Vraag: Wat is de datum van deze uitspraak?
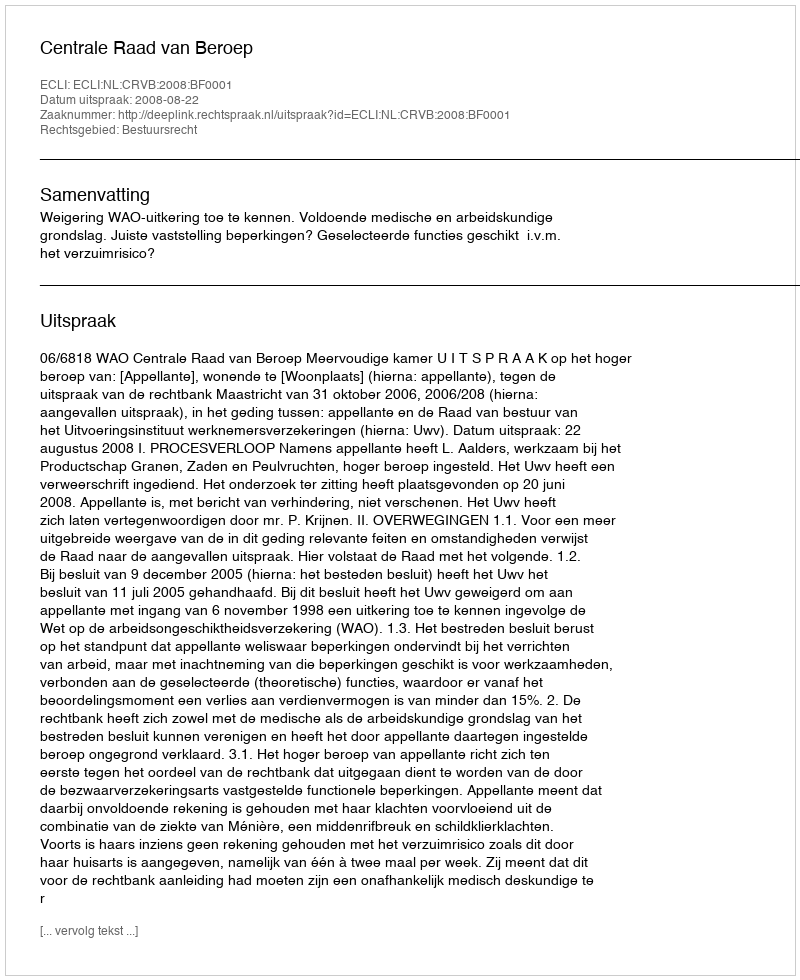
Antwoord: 2008-08-22